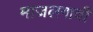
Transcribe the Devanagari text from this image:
माजलगावी